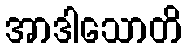
အာဒါသောတိ